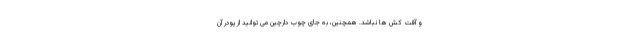
و آفت کش ها نباشد. همچنین، به جای چوب دارچین می توانید از پودر آن